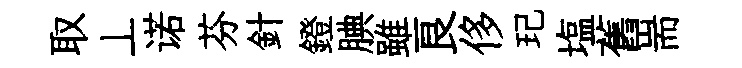
取丄诺芬針鐙腆雖良侈玘塩舊耑